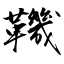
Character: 鞿